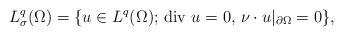
LaTeX: \begin{align*}L^q_\sigma(\Omega)=\{u\in L^q(\Omega);\, \mbox{div $u$}=0,\, \nu\cdot u|_{\partial\Omega}=0\},\end{align*}